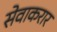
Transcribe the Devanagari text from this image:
सेवाकरार